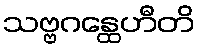
သဗ္ဗဂန္ထေဟီတိ